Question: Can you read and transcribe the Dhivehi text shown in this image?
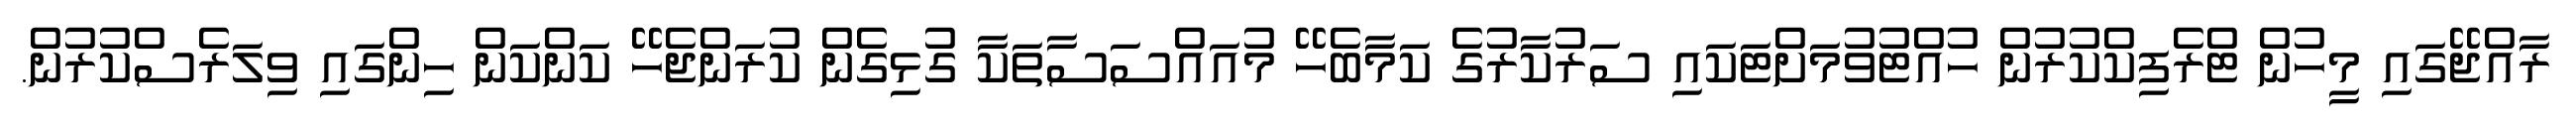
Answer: ރާއްޖޭގައި މީހުން ޓްރެފިކްކުރުން ހުއްޓުވުމަށްޓަކައި ސަރުކާރުގެ ކަމާބެހޭ މުއައްސަސާތަކާ ގުޅިގެން ކުރަންޖެހޭ ކަންކަން ހިންގައި ވިލަރެސްކުރުން.